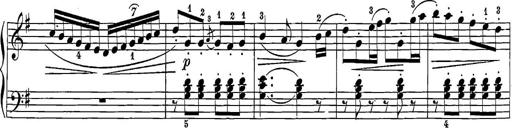
Title: 12 Sonatine per Pianoforte
Composer: Friedrich Kuhlau